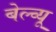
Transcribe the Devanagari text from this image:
बेल्व्यू